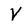
Character: V